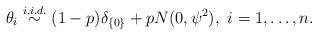
LaTeX: \begin{align*} \theta_i \stackrel{i. i. d.}{\sim} (1-p)\delta_{\{0\}} + p N(0,\psi^2), \mbox{ $i=1,\dots,n$}. \end{align*}